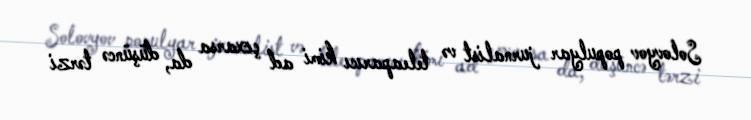
Solovyov populyar jurnalist və teleaparıcı kimi ad çıxarsa da, düşüncə tərzi